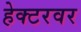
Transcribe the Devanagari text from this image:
हेक्टरवर